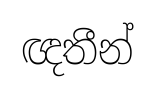
ඥතීන්